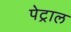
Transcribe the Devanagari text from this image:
पेट्राल